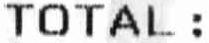
TOTAL :